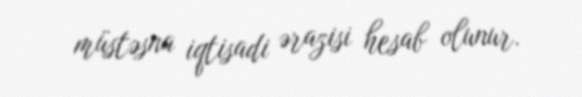
müstəsna iqtisadi ərazisi hesab olunur.